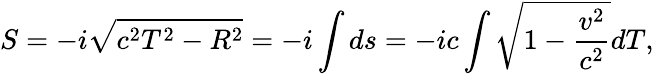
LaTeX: S=-i\sqrt{c^{2}T^{2}-R^{2}}=-i\int ds=-ic\int\sqrt{1-\frac{v^{2}}{c^{2}}}dT,